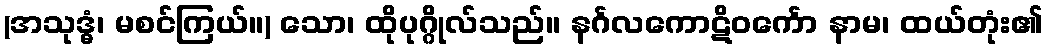
(အသုဒ္ဓံ၊ မစင်ကြယ်။) သော၊ ထိုပုဂ္ဂိုလ်သည်။ နင်္ဂလကောဋိဝင်္ကော နာမ၊ ထယ်တုံး၏